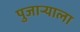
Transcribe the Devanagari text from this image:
पुजार्‍याला